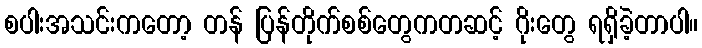
စပါးအသင်းကတော့ တန် ပြန်တိုက်စစ်တွေကတဆင့် ဂိုးတွေ ရရှိခဲ့တာပါ။